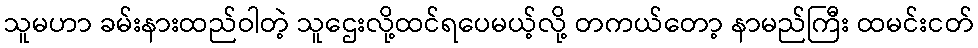
သူမဟာ ခမ်းနားထည်ဝါတဲ့ သူဌေးလို့ထင်ရပေမယ့်လို့ တကယ်တော့ နာမည်ကြီး ထမင်းငတ်